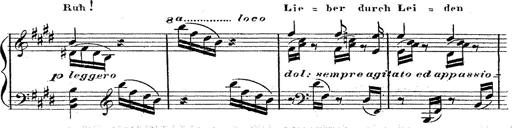
Title: 12 Lieder von Franz Schubert
Composer: Franz Liszt